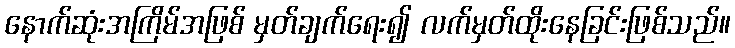
နောက်ဆုံးအကြိမ်အဖြစ် မှတ်ချက်ရေး၍ လက်မှတ်ထိုးနေခြင်းဖြစ်သည်။